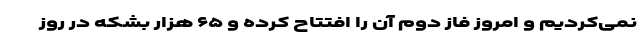
نمی‌کردیم و امروز فاز دوم آن را افتتاح کرده و ۶۵ هزار بشکه در روز